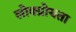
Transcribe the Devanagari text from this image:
लोक्प्रोयता